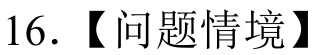
16. 【问题情境】